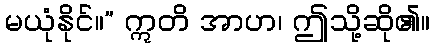
မယုံနိုင်။” ဣတိ အာဟ၊ ဤသို့ဆို၏။